Investigations on Bengal jail dietaries - Number 37
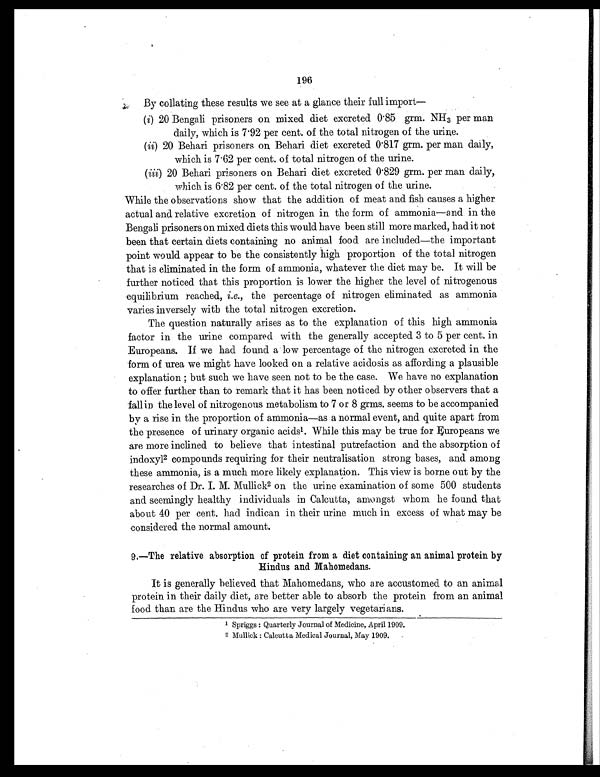
196
By collating these results we see at a glance their full import
—
(i) 20 Bengali prisoners on mixed diet excreted 0.85 grm. NH 3 per man
daily, which is 7.92 per cent. of the total nitrogen of the urine.
(ii) 20 Behari prisoners on, Behari diet excreted 0.817 grm. per man daily,
which is 7.62 per cent. of total nitrogen of the urine.
(iii) 20 Behari prisoners on Behari diet excreted 0.829 grm. per man daily,
which is 6.82 per cent. of the total nitrogen of the urine.
While the observations show that the addition of meat and fish causes a higher
actual and relative excretion of nitrogen in the form of ammonia—and in the
Bengali prisoners on mixed diets this would have been still more marked, had it not
been that certain diets containing no animal food are included—the important
point would appear to be the consistently high proportion of the total nitrogen
that is eliminated in the form of ammonia, whatever the diet may be. It will be
further noticed that this proportion is lower the higher the level of nitrogenous
equilibrium reached, i.e. , the percentage of nitrogen eliminated as ammonia
varies inversely with the total nitrogen excretion.
The question naturally arises as to the explanation of this high ammonia
factor in the urine compared with the generally accepted 3 to 5 per cent. in
Europeans. If we had found a low percentage of the nitrogen excreted in the
form of urea we might have looked on a relative acidosis as affording a plausible
explanation ; but such we have seen not to be the case. We have no explanation
to offer further than to remark that it has been noticed by other observers that a
fall in the level of nitrogenous metabolism to 7 or 8 grms. seems to be accompanied
by a rise in the proportion of ammonia—as a normal event, and quite apart from
the presence of urinary organic acids1. While this may be true for Europeans we
are more inclined to believe that intestinal putrefaction and the absorption of
indoxyl2 compounds requiring for their neutralisation strong bases, and among
these ammonia, is a much more likely explanation. This view is borne out by the
researches of Dr. I. M. Mullick2 on the urine examination of some 500 students
and seemingly healthy individuals in Calcutta, amongst whom he found that
about 40 per cent. had indican in their urine much in excess of what may be
considered the normal amount.
9.—The relative absorption of protein from a diet containing an animal protein by
Hindus and Mahomedans.
It is generally believed that Mahomedans, who are accustomed to an animal
protein in their daily diet, are better able to absorb the protein from an animal
food than are the Hindus who are very largely vegetarians.
1 Spriggs : Quarterly Journal of Medicine, April 1909.
2 M ullick : Calcutta Medical Journal, May 1909.